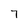
Character: 7